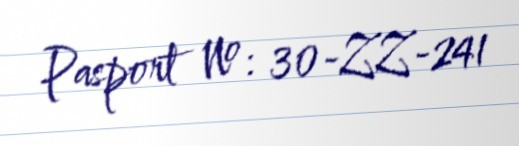
Pasport №: 30-ZZ-241